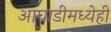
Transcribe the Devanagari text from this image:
आघाडीमध्येही